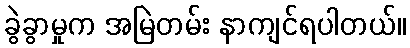
ခွဲခွာမှုက အမြဲတမ်း နာကျင်ရပါတယ်။